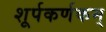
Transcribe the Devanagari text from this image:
शूर्पकर्णकम्